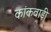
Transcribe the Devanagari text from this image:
कांकवाड़ी